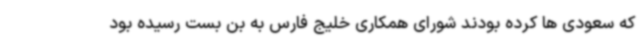
که سعودی ها کرده بودند شورای همکاری خلیج فارس به بن بست رسیده بود